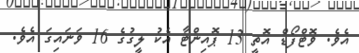
އެވެ. ވޮޓްފޯޑް އޮތީ 13 ޕޮއިންޓާ އެކު ލީގުގެ 16 ވަނައިގަ އެވެ.